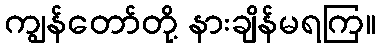
ကျွန်တော်တို့ နားချိန်မရကြ။